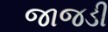
જાજડી